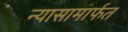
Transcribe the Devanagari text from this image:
न्यासामार्फत